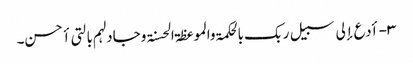
۳- أدع إلی سبیل ربک بالحکمۃ والموعظۃ الحسنۃ وجادلہم بالتی أحسن۔